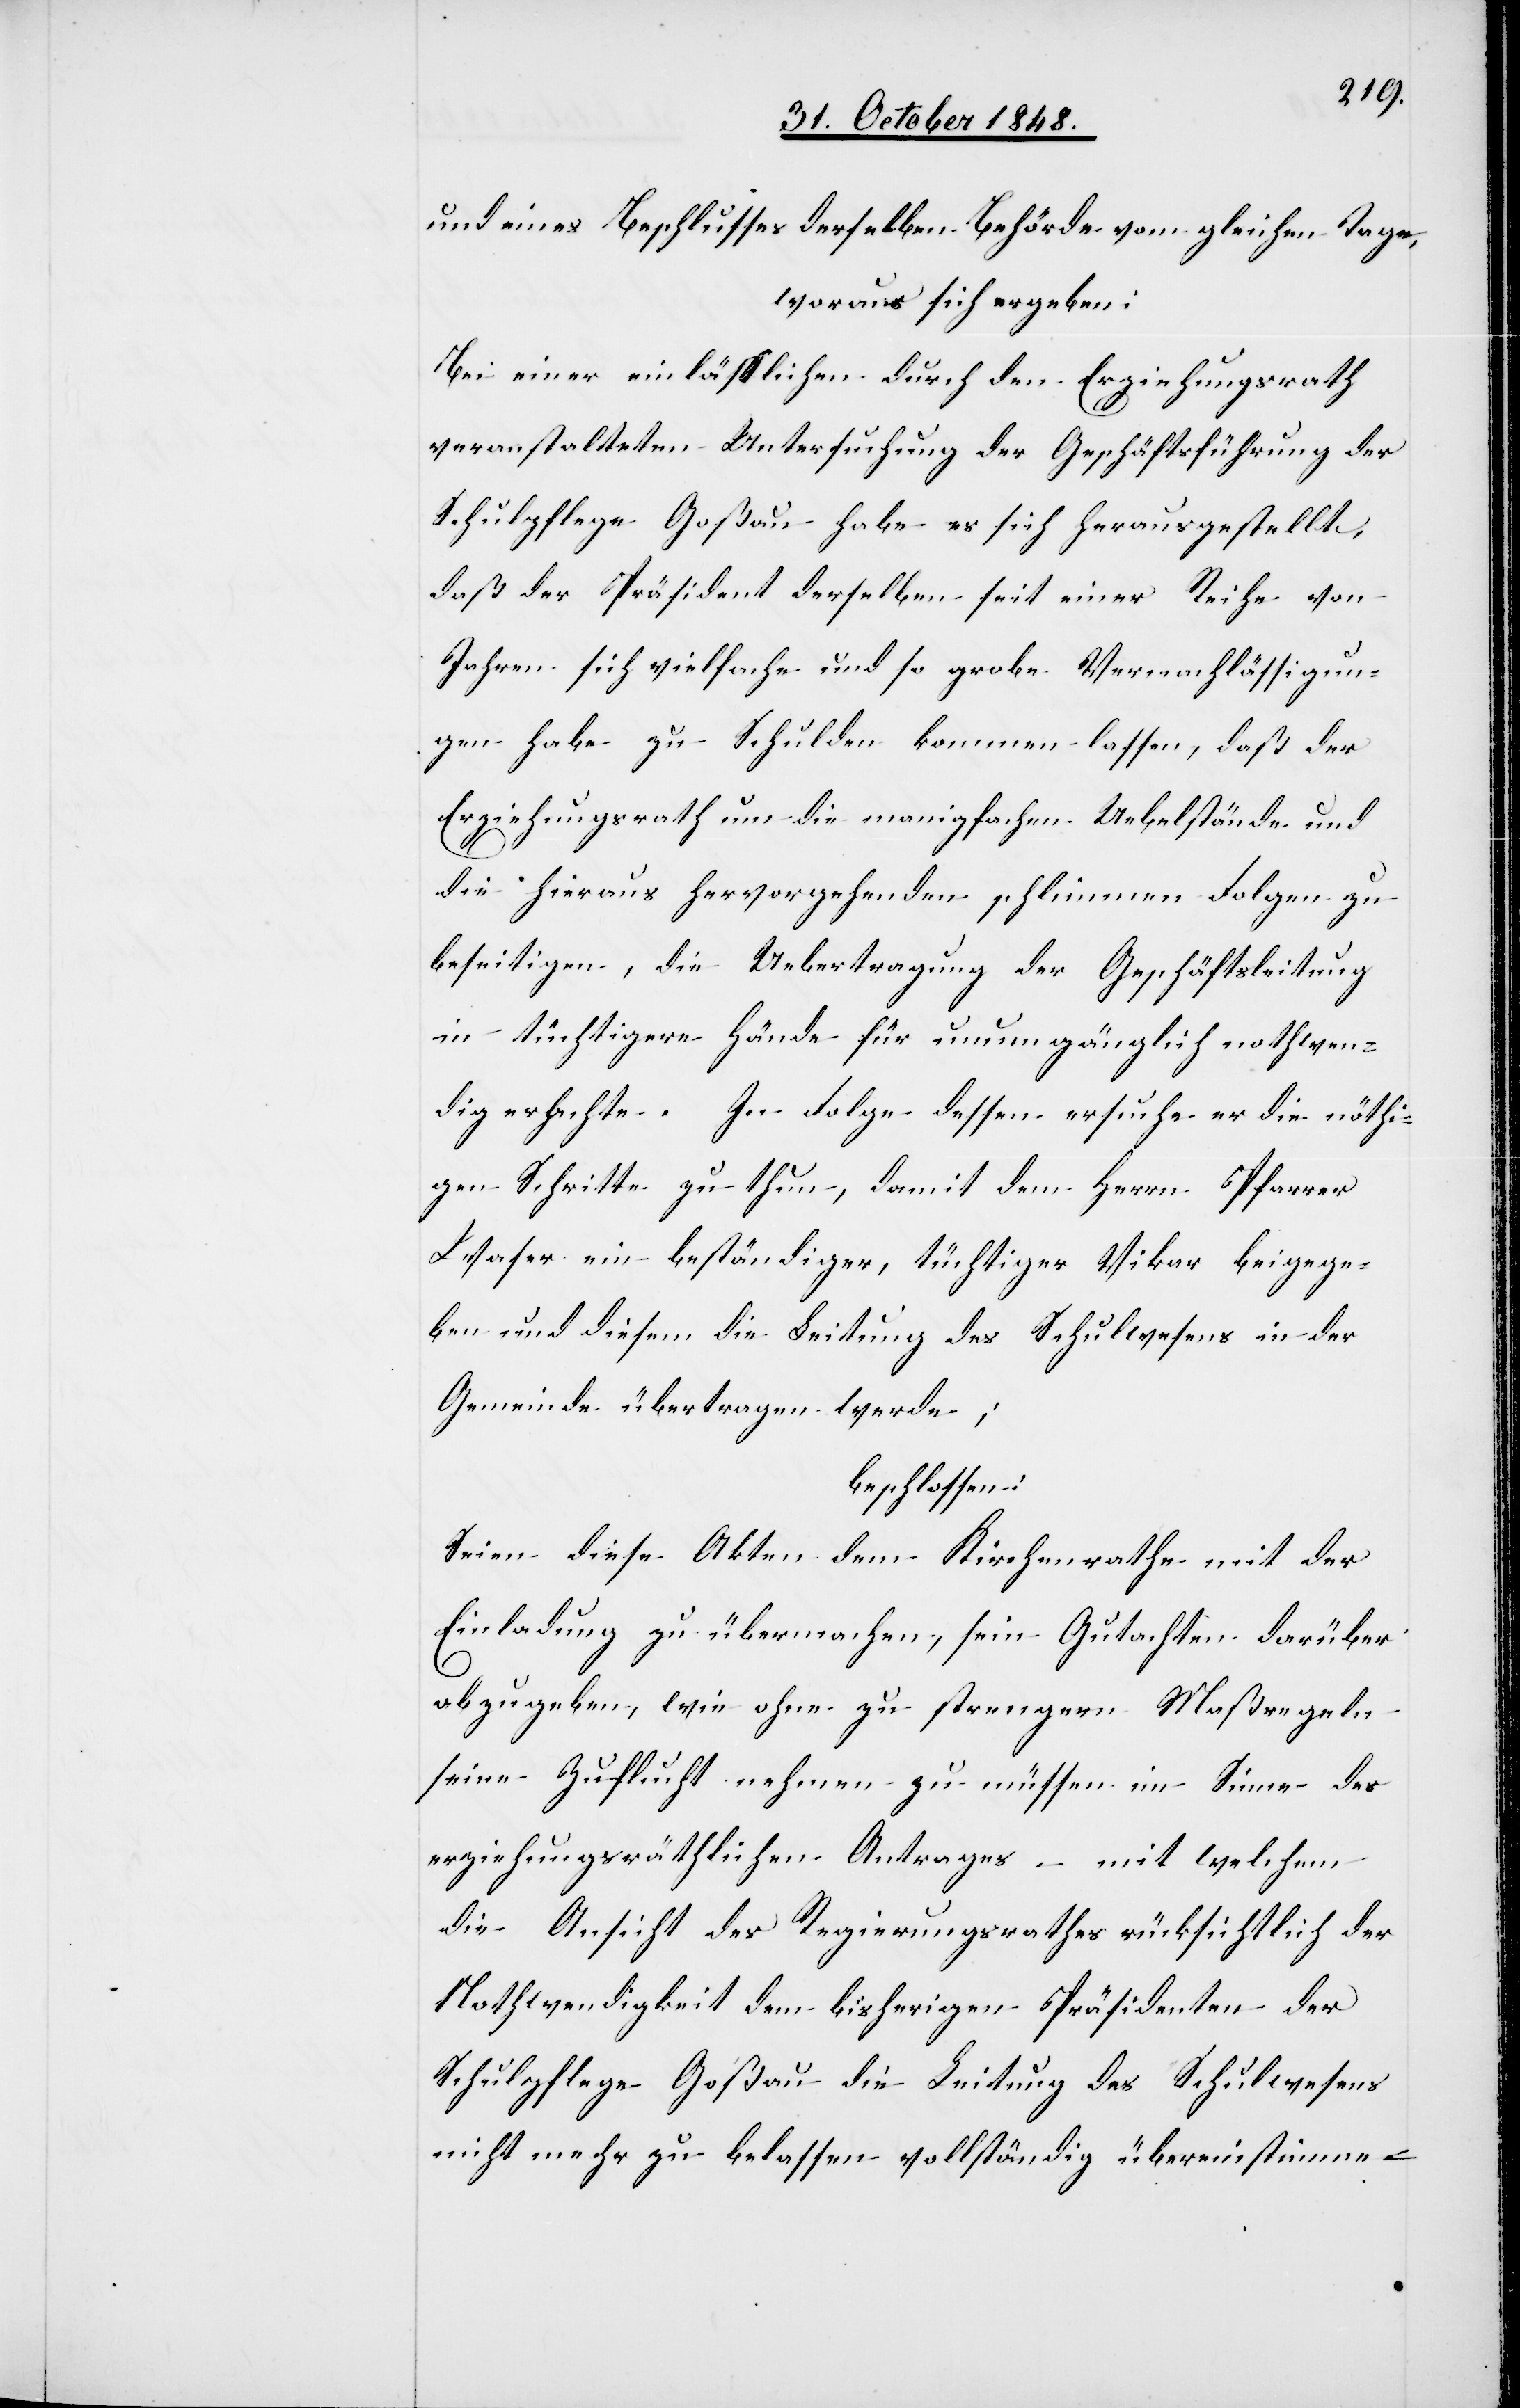
und eines Beschlusses derselben Behörde vom gleichen Tage,
woraus sich ergeben:
Bei einer einläßlichen durch den Erziehungsrath
veranstalteten Untersuchung der Geschäftsführung der
Schulpflege Goßau habe es sich herausgestellt,
daß der Präsident derselben seit einer Reihe von
Jahren sich vielfache und so grobe Vernachläßigun¬
gen habe zu Schulden kommen lassen, daß der
Erziehungsrath um die manigfachen Uebelstände und
die hieraus hervorgehenden schlimmen Folgen zu
beseitigen, die Uebertragung der Geschäftsleitung
in tüchtigere Hände für unumgänglich nothwen¬
dig erachte. In Folge dessen ersuche er die nöthi¬
gen Schritte zu thun, damit dem Herrn Pfarrer
Waser ein beständiger, tüchtiger Vikar beigege¬
ben und diesem die Leitung des Schulwesens in der
Gemeinde übertragen werde;
beschlossen:
Seien diese Akten dem Kirchenrathe mit der
Einladung zu übermachen, sein Gutachten darüber
abzugeben, wie ohne zu strengeren Maßregeln
seine Zuflucht nehmen zu müssen im Sinne des
erziehungsräthlichen Antrages – mit welchem
die Ansicht des Regierungsrathes rücksichtlich der
Nothwendigkeit dem bisherigen Präsidenten der
Schulpflege Goßau die Leitung des Schulwesens
nicht mehr zu belassen vollständig übereinstimme –